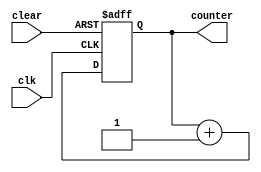

`timescale 1ns / 1ps

// Design Name: EXAMPLE (11) --->>   Write Verilog code for a 4-bit unsigned up counter with asynchronous clear

module Example11(counter, clk, clear);

output [3:0]counter;
input clk, clear;
reg [3:0]counter_reg;

always @(posedge clk or posedge clear)
begin
if(clear)
counter_reg <= 4'b0000;
else 
counter_reg <= counter_reg + 4'b0001;
end

//                                               assign counter <= counter_reg;     -->> Line 20: Syntax error near "<=".                                       
assign counter = counter_reg;
endmodule